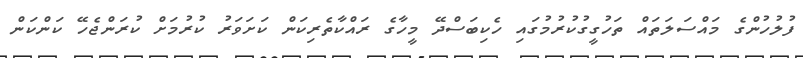
ފުލުހުންގެ މައްސަލަތައް ތަހުގީގުކުރުމުގައި ހެކިބަސްދޭ މީހާގެ ރައްކާތެރިކަން ކަށަވަރު ކުރުމަށް ކުރަންޖެހޭ ކަންކަން